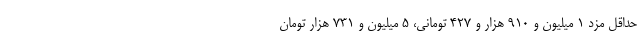
حداقل مزد ۱ میلیون و ۹۱۰ هزار و ۴۲۷ تومانی، ۵ میلیون و ۷۳۱ هزار تومان